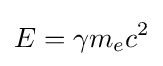
E=\gamma m_{e}c^{2}